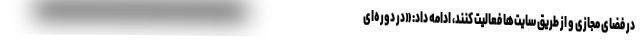
در فضای مجازی و از طریق سایت‌ها فعالیت کنند، ادامه داد: «در دوره‌ای